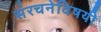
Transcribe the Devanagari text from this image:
संरचनेविषयी